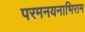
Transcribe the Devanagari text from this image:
परमनयनाभिराम